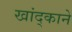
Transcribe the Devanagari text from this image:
खांद्काने